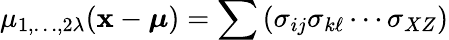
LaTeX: \mu_{1,\dots,2\lambda}(\mathbf{x}-{\boldsymbol{\mu}})=\sum\left(\sigma_{ij}\sigma_{k\ell}\cdots\sigma_{XZ}\right)